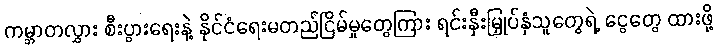
ကမ္ဘာတလွှား စီးပွားရေးနဲ့ နိုင်ငံရေးမတည်ငြိမ်မှုတွေကြား ရင်းနှီးမြှုပ်နှံသူတွေရဲ့ ငွေတွေ ထားဖို့